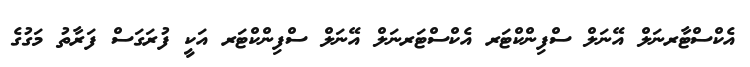
އެކްސްޓާރނަލް އޭނަލް ސްފިންކްޓަރ އެކްސްޓަރނަލް އޭނަލް ސްފިންކްޓަރ އަކީ ފުރަގަސް ފަރާތު މަގުގެ